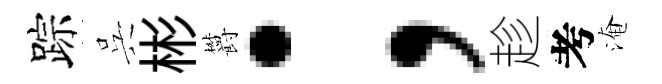
踪呉彬欝；趁考淹